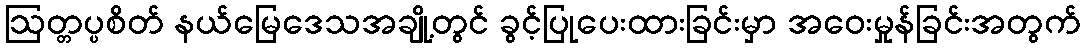
ဩတ္တပ္ပစိတ် နယ်မြေဒေသအချို့တွင် ခွင့်ပြုပေးထားခြင်းမှာ အဝေးမှုန်ခြင်းအတွက်